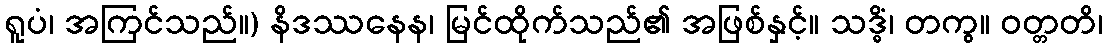
ရူပံ၊ အကြင်သည်။) နိဒဿနေန၊ မြင်ထိုက်သည်၏ အဖြစ်နှင့်။ သဒ္ဓိံ၊ တကွ။ ဝတ္တတိ၊